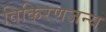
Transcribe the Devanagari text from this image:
विकिरणजन्य